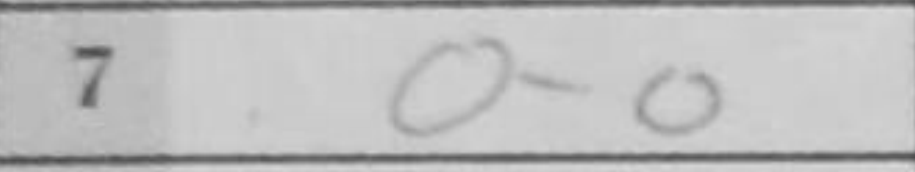
Transcription: O-O